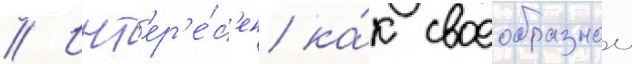
// Инт'ер'е́с'ен ка́к своеобразнои